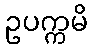
ဥပက္ကမိ